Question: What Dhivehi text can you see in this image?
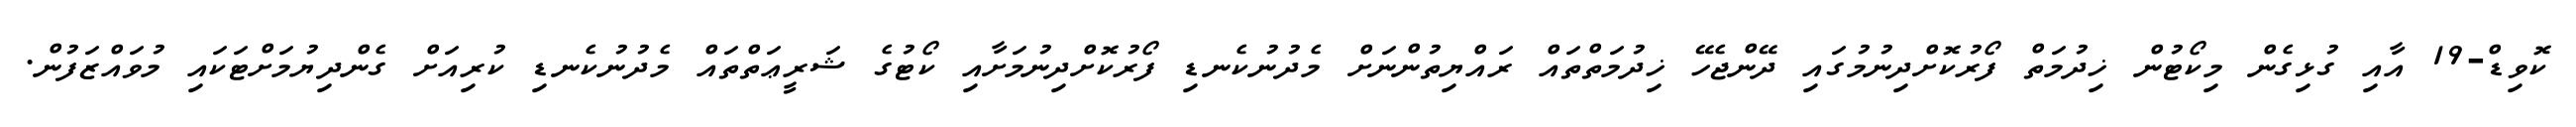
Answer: ކޮވިޑް-19 އާއި ގުޅިގެން މިކޯޓުން ޚިދުމަތް ފޯރުކޮށްދިނުމުގައި ދޭންޖެހޭ ޚިދުމަތްތައް ރައްޔިތުންނަށް މެދުނުކެނޑި ފޯރުކޮށްދިނުމަށާއި ކޯޓުގެ ޝަރީޢަތްތައް މެދުނުކެނޑި ކުރިއަށް ގެންދިޔުމަށްޓަކައި މުވައްޒަފުން.